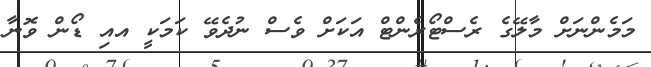
މަމެންނަށް މާލޭގެ ރެސްޓޯރެންޓް އަކަށް ވެސް ނުދެވޭ ކަމަކީ އއި ޑޯން ވޮނާ